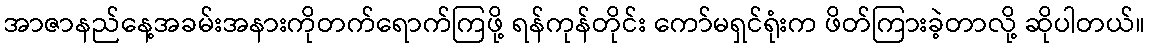
အာဇာနည်နေ့အခမ်းအနားကိုတက်ရောက်ကြဖို့ ရန်ကုန်တိုင်း ကော်မရှင်ရုံးက ဖိတ်ကြားခဲ့တာလို့ ဆိုပါတယ်။